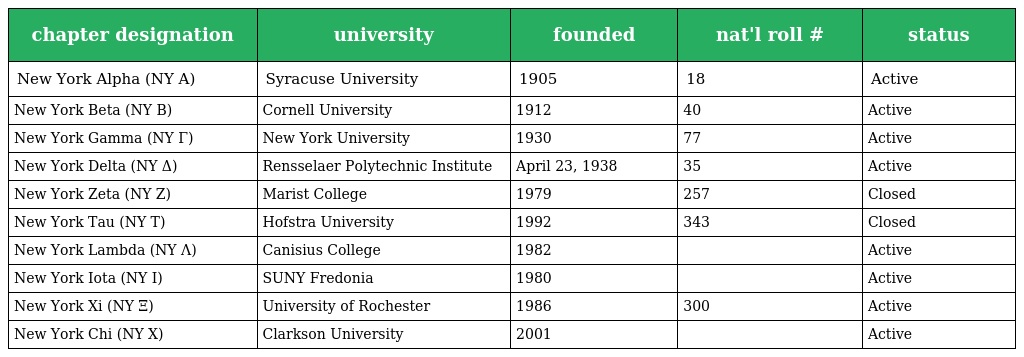
| chapter designation | university | founded | nat'l roll # | status |
 | --- | --- | --- | --- | --- |
 | New York Alpha (NY Α) | Syracuse University | 1905 | 18 | Active |
 | New York Beta (NY B) | Cornell University | 1912 | 40 | Active |
 | New York Gamma (NY Γ) | New York University | 1930 | 77 | Active |
 | New York Delta (NY Δ) | Rensselaer Polytechnic Institute | April 23, 1938 | 35 | Active |
 | New York Zeta (NY Ζ) | Marist College | 1979 | 257 | Closed |
 | New York Tau (NY T) | Hofstra University | 1992 | 343 | Closed |
 | New York Lambda (NY Λ) | Canisius College | 1982 |  | Active |
 | New York Iota (NY I) | SUNY Fredonia | 1980 |  | Active |
 | New York Xi (NY Ξ) | University of Rochester | 1986 | 300 | Active |
 | New York Chi (NY X) | Clarkson University | 2001 |  | Active |